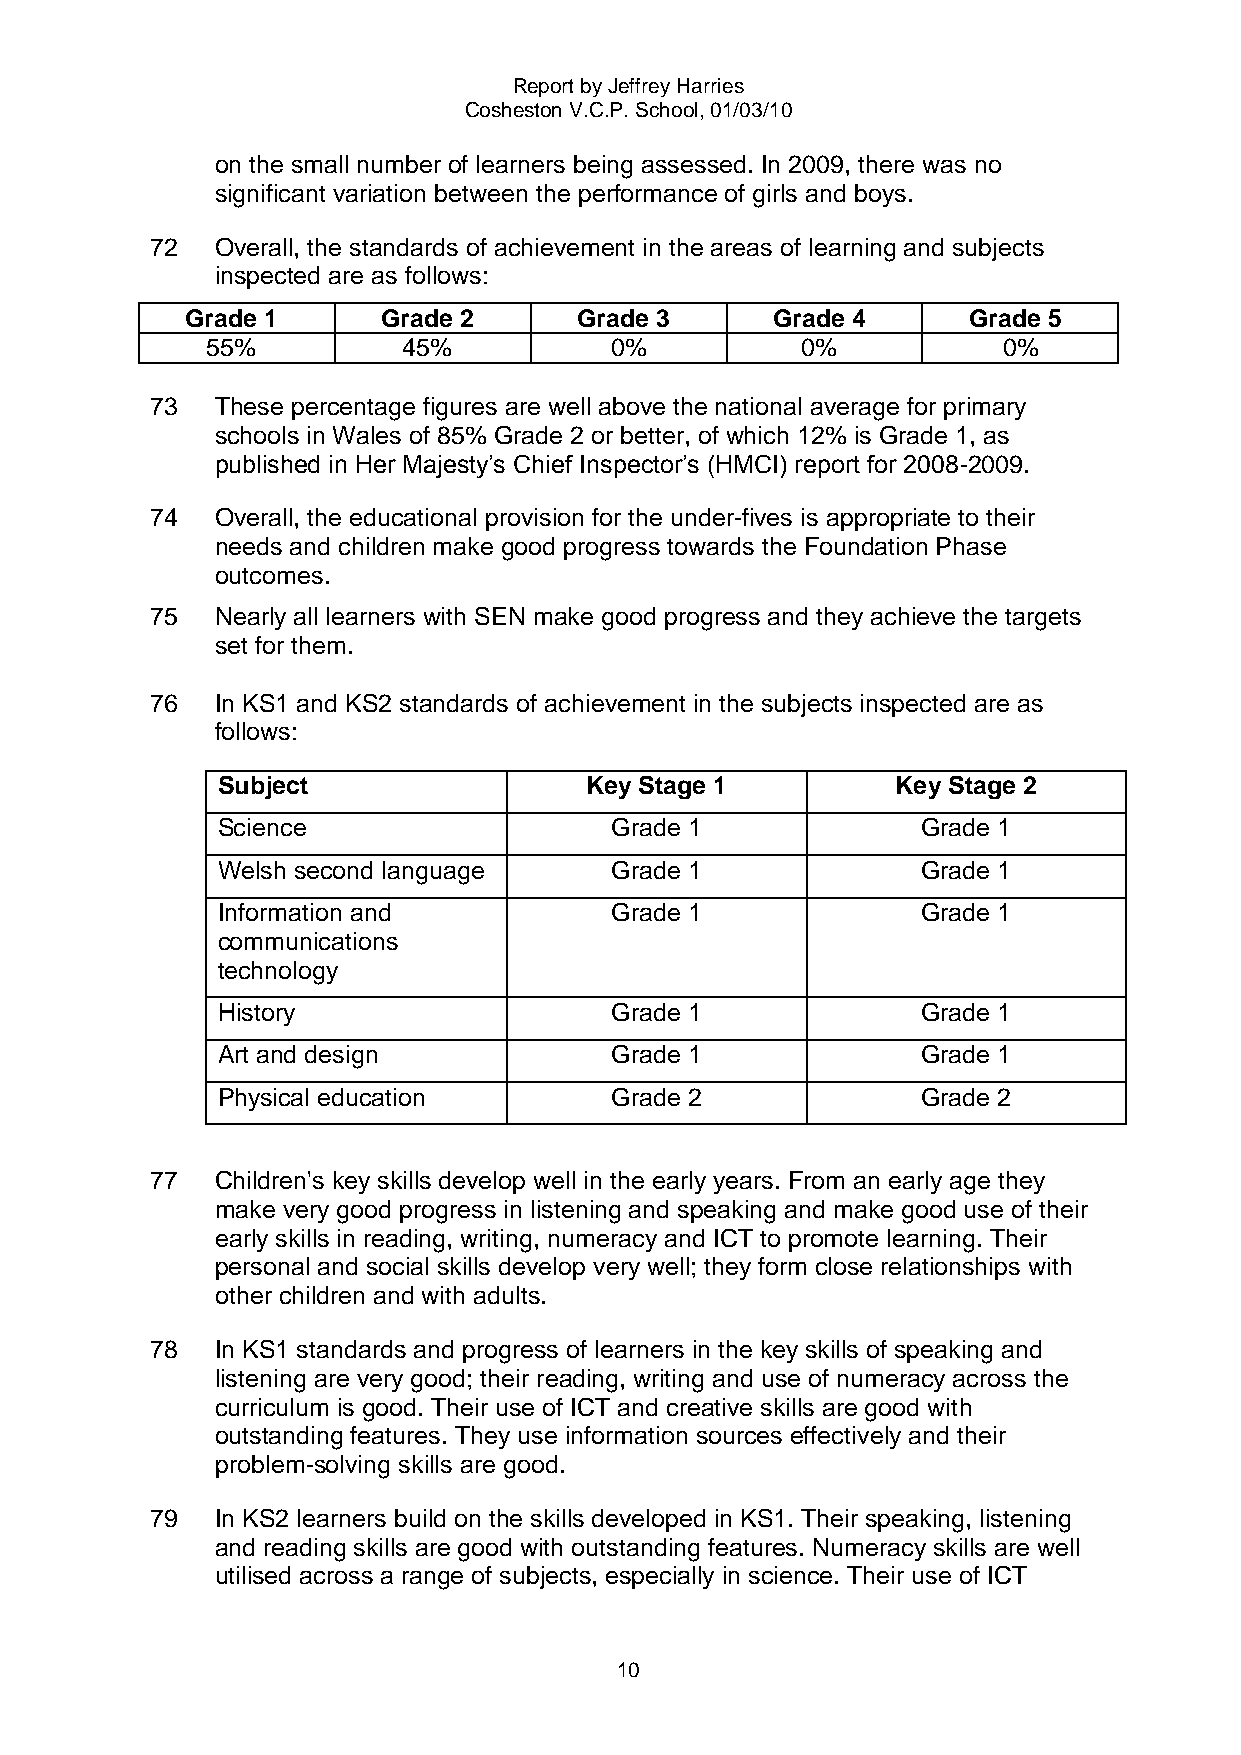
Report by Jeffrey Harries
 Cosheston V.C.P. School, 01/03/10
 on the small number of learners being assessed. In 2009, there was no
 significant variation between the performance of girls and boys.
 72  Overall, the standards of achievement in the areas of learning and subjects
 inspected are as follows:
 Grade 1      Grade 2      Grade 3      Grade 4      Grade 5
 55%          45%          0%           0%           0%
 73  These percentage figures are well above the national average for primary
 schools in Wales of 85% Grade 2 or better, of which 12% is Grade 1, as
 published in Her Majesty‟s Chief Inspector‟s (HMCI) report for 2008-2009.
 74  Overall, the educational provision for the under-fives is appropriate to their
 needs and children make good progress towards the Foundation Phase
 outcomes.
 75  Nearly all learners with SEN make good progress and they achieve the targets
 set for them.
 76  In KS1 and KS2 standards of achievement in the subjects inspected are as
 follows:
 Subject                  Key Stage 1         Key Stage 2
 Science                   Grade 1              Grade 1
 Welsh second language     Grade 1              Grade 1
 Information and           Grade 1              Grade 1
 communications
 technology
 History                   Grade 1              Grade 1
 Art and design            Grade 1              Grade 1
 Physical education        Grade 2              Grade 2
 77  Children's key skills develop well in the early years. From an early age they
 make very good progress in listening and speaking and make good use of their
 early skills in reading, writing, numeracy and ICT to promote learning. Their
 personal and social skills develop very well; they form close relationships with
 other children and with adults.
 78  In KS1 standards and progress of learners in the key skills of speaking and
 listening are very good; their reading, writing and use of numeracy across the
 curriculum is good. Their use of ICT and creative skills are good with
 outstanding features. They use information sources effectively and their
 problem-solving skills are good.
 79  In KS2 learners build on the skills developed in KS1. Their speaking, listening
 and reading skills are good with outstanding features. Numeracy skills are well
 utilised across a range of subjects, especially in science. Their use of ICT
 10